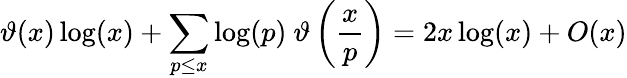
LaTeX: \vartheta(x)\log(x)+\sum_{p\leq x}{\log(p)}\ \vartheta\left({\frac{x}{p}}\right)=2x\log(x)+O(x)